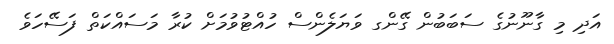
އަދި މި ގާނޫނުގެ ސަބަބުން ގޭންގ ވަޔަލެންސް ހުއްޓުވުމަށް ކުރާ މަސައްކަތް ފަސޭހަވެ